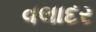
વલાદર